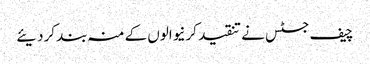
چیف جسٹس نے تنقید کرنیوالوں کے منہ بند کردیئے